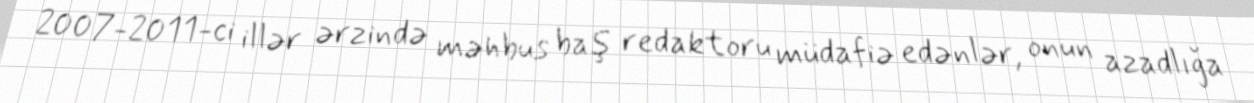
2007-2011-ci illər ərzində məhbus baş redaktoru müdafiə edənlər, onun azadlığa